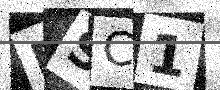
Text: DSC1